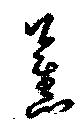
薫